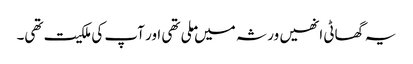
یہ گھاٹی انھیں ورثہ میں ملی تھی اور آپ کی ملکیت تھی۔